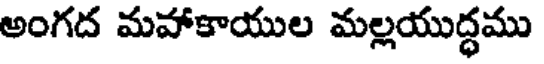
అంగద మహాకాయుల మల్లయుద్ధము